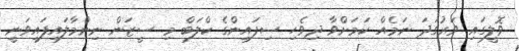
ވޮލީގައި ވަރުގަދަ ނަމެއް ކަމަށްވާ ދިވެހި ސިފައިންގެ ކްލަބް މި ސީޒަން ނިންމާލައިފައިވަނީ